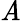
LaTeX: \mathit{A}